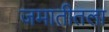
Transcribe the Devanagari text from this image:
जमातीतला